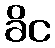
ခိင